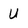
Character: U